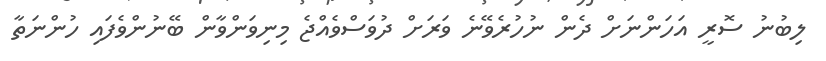
ލިބުނު ސޮރީ އަހަންނަށް ދެން ނުހުރެވޭނެ ވަރަށް ދުވަސްވެއްޖެ މިނިވަންވާން ބޭނުންވެފައި ހުންނަތާ